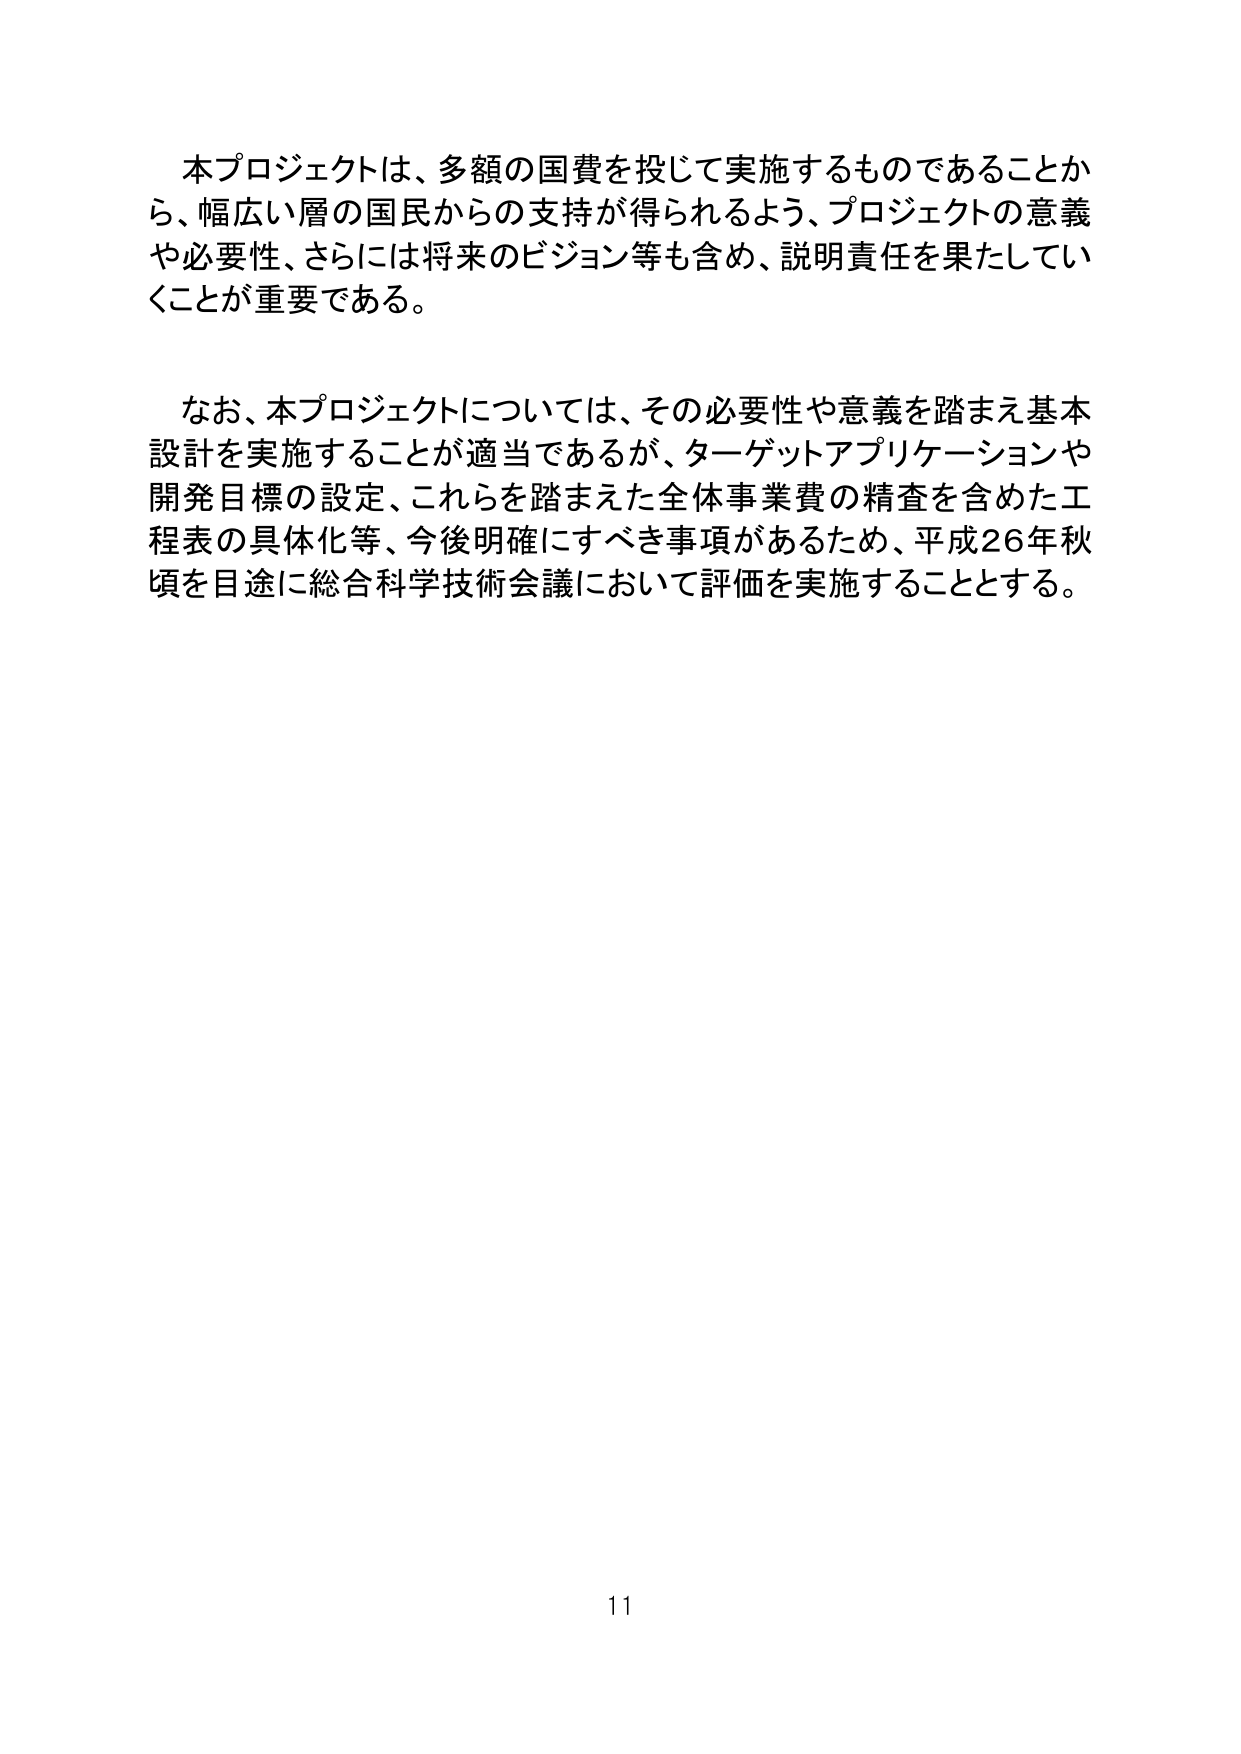
本プロジェクトは、多額の国費を投じて実施するものであることか
ら、幅広い層の国民からの支持が得られるよう、プロジェクトの意義
や必要性、さらには将来のビジョン等も含め、説明責任を果たしてい
くことが重要である。

なお、本プロジェクトについては、その必要性や意義を踏まえ基本
設計を実施することが適当であるが、ターゲットアプリケーションや
開発目標の設定、これらを踏まえた全体事業費の精査を含めた工
程表の具体化等、今後明確にすべき事項があるため、平成26年秋
頃を目途に総合科学技術会議において評価を実施することとする。

11